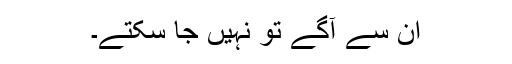
ان سے آگے تو نہیں جا سکتے۔